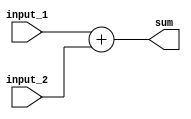
module Adder (input_1, input_2, sum);

  input [31:0] input_1;
  input [31:0] input_2;
  output [31:0] sum;

  assign sum = input_1 + input_2;

endmodule